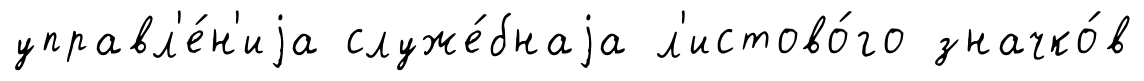
управл'е́н'иjа служе́бнаjа л'истово́го значко́в